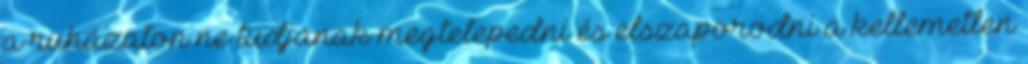
a ruházaton ne tudjanak megtelepedni és elszaporodni a kellemetlen